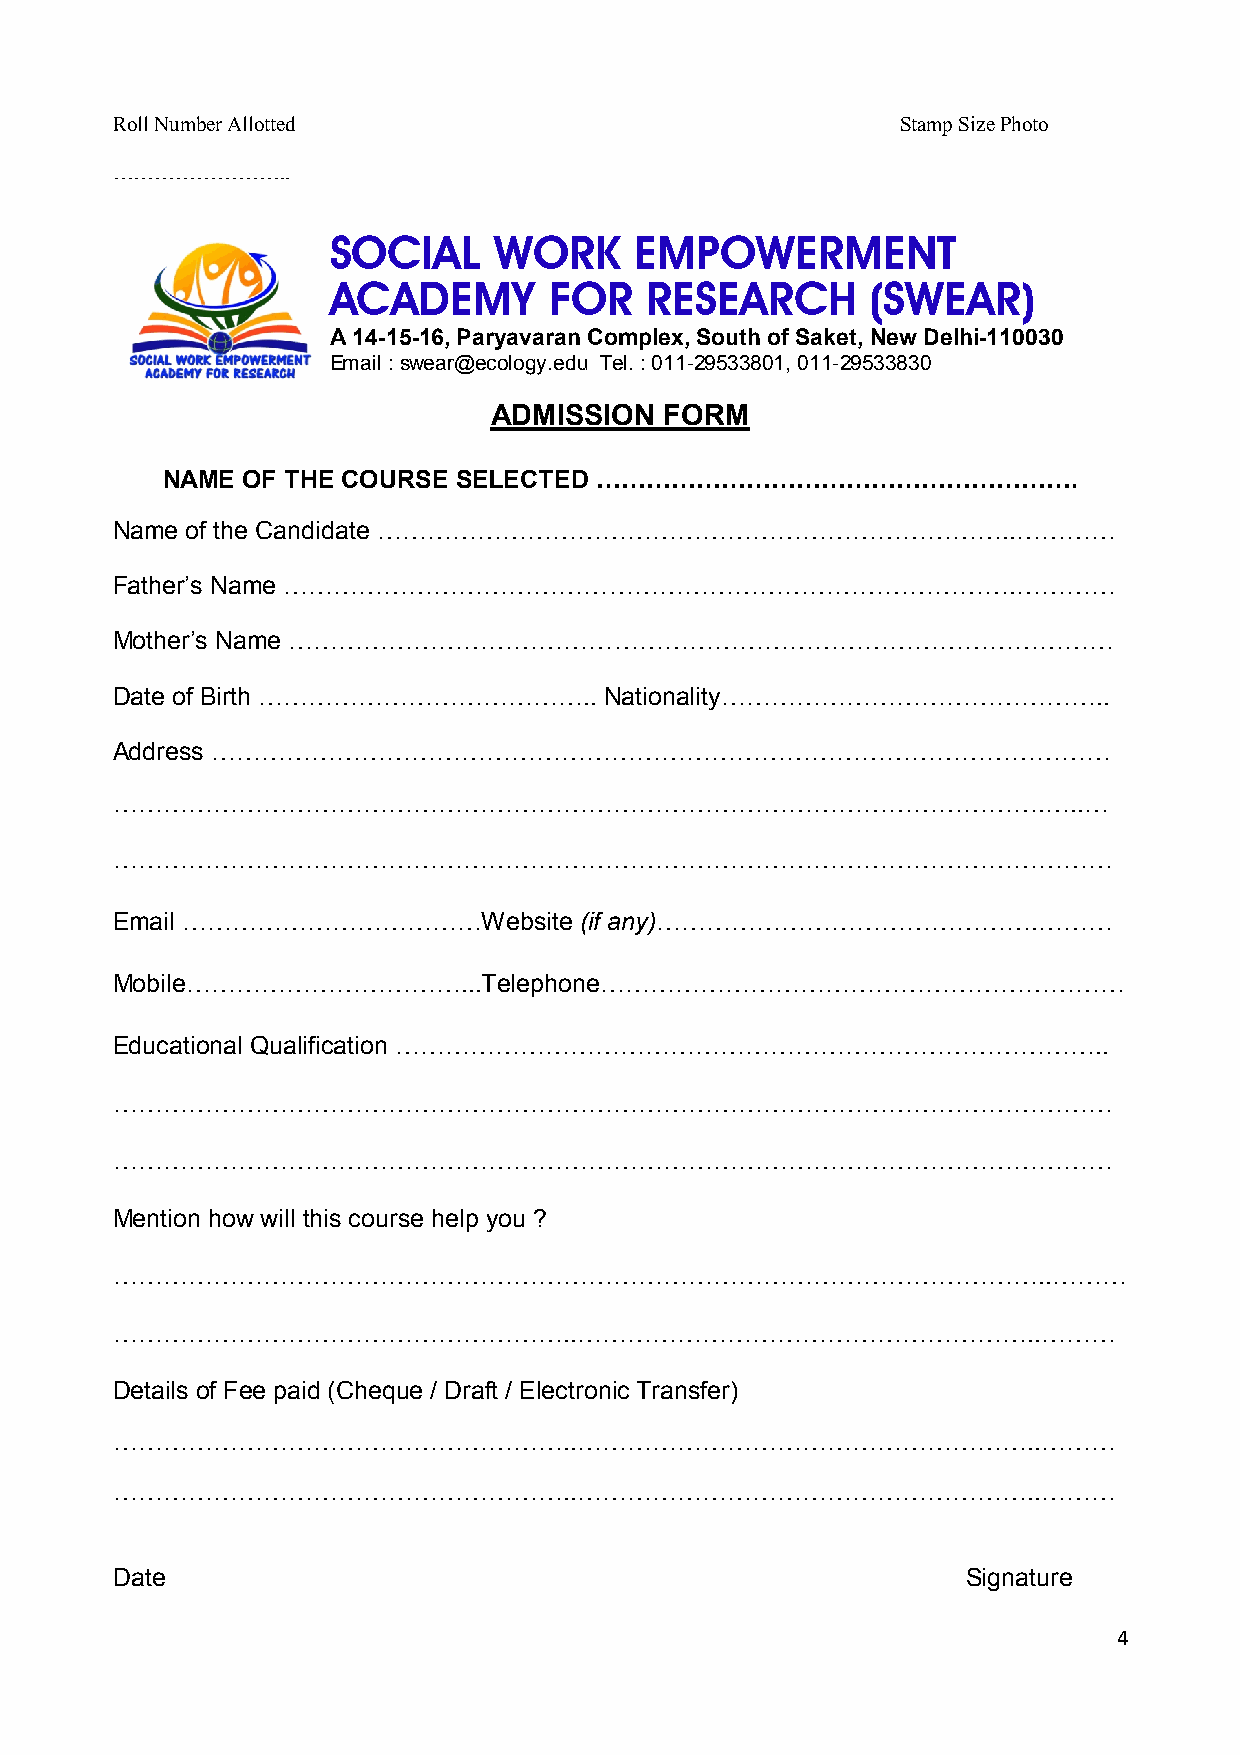
Roll Number Allotted                                 Stamp Size Photo
 ……………………..
 SOCIAL     WORK     EMPOWERMENT
 ACADEMY       FOR    RESEARCH       (SWEAR)
 A 14-15-16, Paryavaran Complex, South of Saket, New Delhi-110030
 Email : swear@ecology.edu Tel. : 011-29533801, 011-29533830
 ADMISSION   FORM
 NAME OF THE COURSE SELECTED ………………………………………………….
 Name of the Candidate …………………………………………………………………..…………
 Father’s Name …………………………………………………………………………….…………
 Mother’s Name ………………………………………………………………………………………
 Date of Birth …………………………………..    Nationality………………………………………..
 Address ………………………………………………………………………………………………
 ………………………………………………………………………………………………….…..…
 …………………………………………………………………………………………………………
 Email ………………………………Website      (if any)……………………………………….………
 Mobile……………………………...Telephone………………………………………………………
 Educational Qualification …………………………………………………………………………..
 …………………………………………………………………………………………………………
 …………………………………………………………………………………………………………
 Mention how will this course help you ?
 …………………………………………………………………………………………………..………
 ………………………………………………..………………………………………………..………
 Details of Fee paid (Cheque / Draft / Electronic Transfer)
 ………………………………………………..………………………………………………..………
 ………………………………………………..………………………………………………..………
 Date                                                     Signature
 4